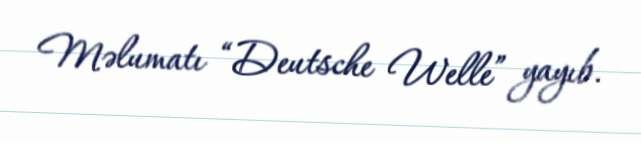
Məlumatı “Deutsche Welle” yayıb.